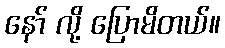
နော် လို့ ပြောမိတယ်။